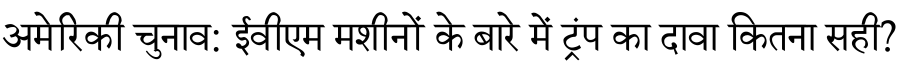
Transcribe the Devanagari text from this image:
अमेरिकी चुनाव: ईवीएम मशीनों के बारे में ट्रंप का दावा कितना सही?